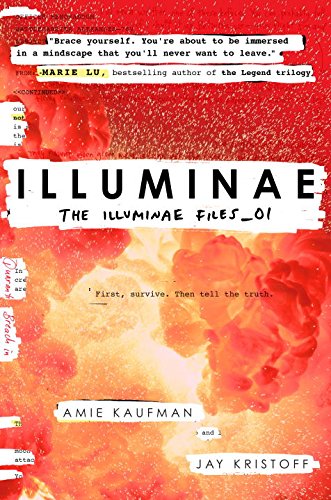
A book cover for Illuminae (The Illuminae Files); Amie Kaufman; Teen & Young Adult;